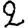
Digit: 2